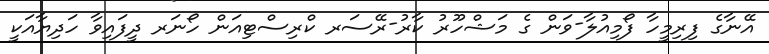
އޭނާގެ ފިރިމީހާ ފޯމިއުލާ-ވަން ގެ މަޝްހޫރު ކާރު-ރޭސަރ ކްރިސްޓިއަން ހޯނަރ ދީފައިވާ ހަދިޔާއަކީ